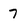
Character: 7